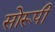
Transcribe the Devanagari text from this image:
सोरूपी